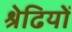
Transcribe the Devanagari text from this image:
श्रेढियों